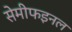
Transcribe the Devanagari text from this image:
सेमीफइनल